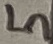
Text: 5